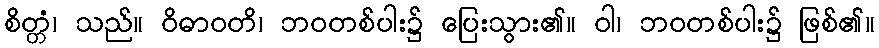
စိတ္တံ၊ သည်။ ဝိဓာဝတိ၊ ဘဝတစ်ပါး၌ ပြေးသွား၏။ ဝါ၊ ဘဝတစ်ပါး၌ ဖြစ်၏။